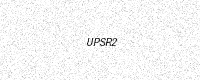
Text: UPSR2